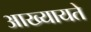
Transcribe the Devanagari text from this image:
आख्यायते